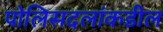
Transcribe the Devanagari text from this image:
पोलिसदलांकडील